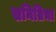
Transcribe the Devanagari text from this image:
समितिचा